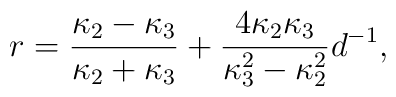
r={\kappa_2-\kappa_3\over\kappa_2+\kappa_3}+{4\kappa_2\kappa_3\over\kappa_3^2-\kappa_2^2}d^{-1},